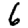
Digit: 6